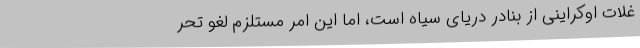
غلات اوکراینی از بنادر دریای سیاه است، اما این امر مستلزم لغو تحر